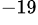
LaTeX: ^{-19}